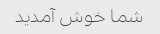
شما خوش آمدید